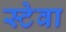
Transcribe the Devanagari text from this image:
स्टेवा